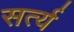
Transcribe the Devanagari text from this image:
सर्त्य